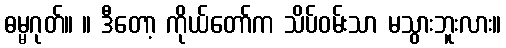
ဓမ္မဂုတ်။ ။ ဒီတော့ ကိုယ်တော်က သိပ်ဝမ်းသာ မသွားဘူးလား။